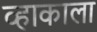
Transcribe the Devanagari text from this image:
व्हाकाला